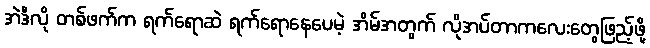
အဲဒီလို တစ်ဖက်က ရက်ရောဆဲ ရက်ရောနေပေမဲ့ အိမ်အတွက် လိုအပ်တာကလေးတွေဖြည့်ဖို့